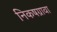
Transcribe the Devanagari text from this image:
निकषग्रावा